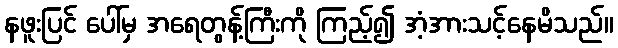
နဖူးပြင် ပေါ်မှ အရေတွန့်ကြီးကို ကြည့်၍ အံ့အားသင့်နေမိသည်။